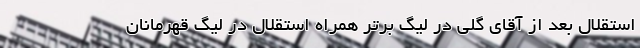
استقلال بعد از آقای گلی در لیگ برتر همراه استقلال در لیگ قهرمانان